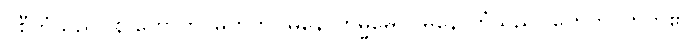
ဝစီကံသည်။ န ဟောတိ၊ မဟုတ်။ မနောကမ္မမေဝ၊ မနောကံသည်။ ဟေတိ၊ ဟုတ်၏။